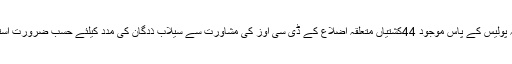
انہوں نے کہا کہ پولیس کے پاس موجود 44کشتیاں متعلقہ اضلاع کے ڈی سی اوز کی مشاورت سے سیلاب ذدگان کی مدد کیلئے حسب ضرورت استعمال کی جائیں۔